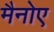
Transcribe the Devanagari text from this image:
मैनोए